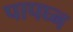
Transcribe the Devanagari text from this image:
पापघ्न